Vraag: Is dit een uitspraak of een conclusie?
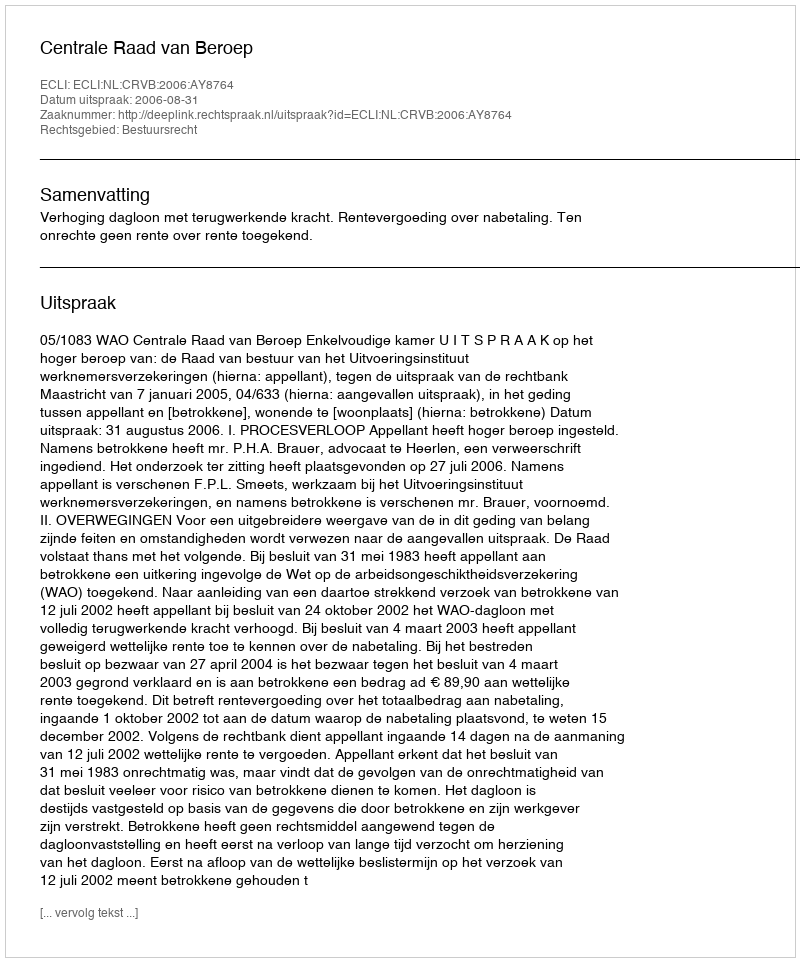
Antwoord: Uitspraak